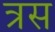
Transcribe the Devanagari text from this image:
त्रस